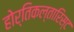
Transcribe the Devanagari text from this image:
होर्तिकल्तारिस्ट